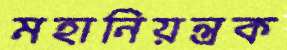
মহানিয়ন্ত্রক